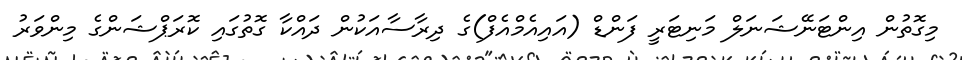
މިގޮތުން އިންޓަނޭޝަނަލް މަނިޓަރީ ފަންޑް (އައިއެމްއެފް)ގެ ދިރާސާއަކުން ދައްކާ ގޮތުގައި ކޮރަޕްޝަންގެ މިންވަރު